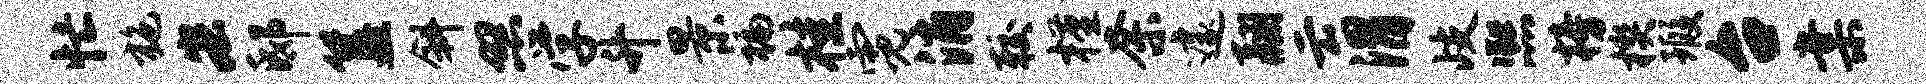
忙施宏邸簋斜照学升景褊桂霓消较槿奈遽翮云渭歧熙榜楔瑕台棠